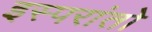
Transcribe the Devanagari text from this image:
इस्परांतो